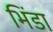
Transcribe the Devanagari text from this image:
भिंडा